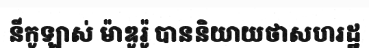
នីកូឡាស់ ម៉ាឌូរ៉ូ បាននិយាយថាសហរដ្ឋ